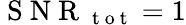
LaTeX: \mathrm{~S~N~R~}_{\mathrm{~t~o~t~}}=1